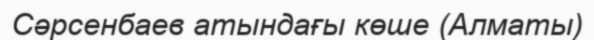
Сәрсенбаев атындағы көше (Алматы)